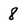
Character: 8